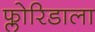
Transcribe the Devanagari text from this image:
फ्लोरिडाला